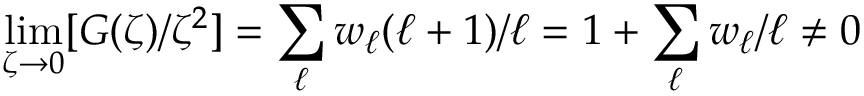
\operatorname* { l i m } _ { \zeta \to 0 } [ G ( \zeta ) / \zeta ^ { 2 } ] = \sum _ { \ell } w _ { \ell } ( \ell + 1 ) / \ell = 1 + \sum _ { \ell } w _ { \ell } / \ell \ne 0